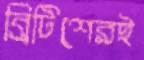
ব্রিটিশেরই